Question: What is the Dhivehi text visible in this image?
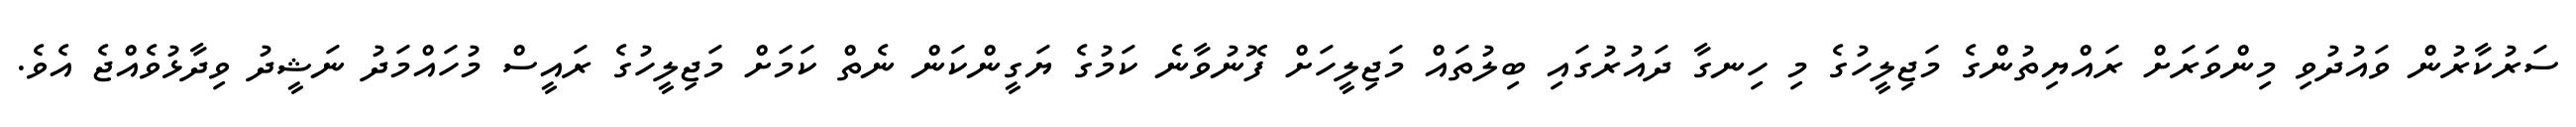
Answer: ސަރުކާރުން ވައުދުވި މިންވަރަށް ރައްޔިތުންގެ މަޖިލީހުގެ މި ހިނގާ ދައުރުގައި ބިލުތައް މަޖިލީހަށް ފޮނުވާނެ ކަމުގެ ޔަގީންކަން ނެތް ކަމަށް މަޖިލީހުގެ ރައީސް މުހައްމަދު ނަޝީދު ވިދާޅުވެއްޖެ އެވެ.